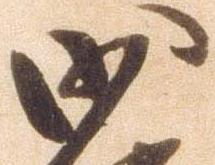
沙